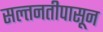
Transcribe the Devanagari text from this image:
सल्तनतीपासून